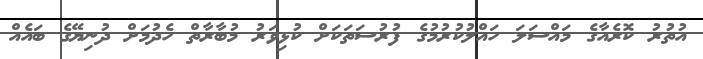
އުތުރު ކޮރެއާގެ މައްސަލަ ހައްލުކުރުމުގެ ފުރުސަތަކަށް ކުޅިވަރު މުބާރާތް ހެދުމަށް ދުނިޔޭގެ ބައެއް